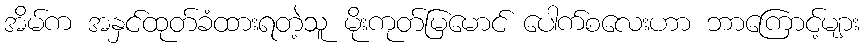
အိမ်က အနှင်ထုတ်ခံထားရတဲ့သူ မိုးကုတ်မြမောင် ပေါက်စလေးဟာ ဘာကြောင့်များ